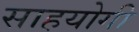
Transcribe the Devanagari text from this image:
साहयोगी